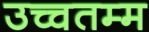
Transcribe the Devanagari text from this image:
उच्चतम्म